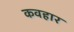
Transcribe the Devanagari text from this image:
कवहार